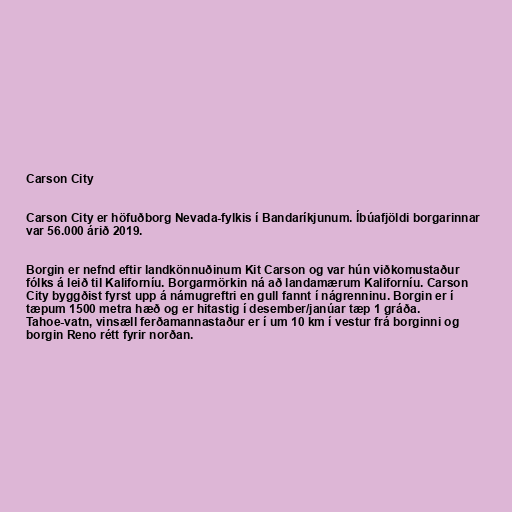
Carson City

Carson City er höfuðborg Nevada-fylkis í Bandaríkjunum. Íbúafjöldi borgarinnar
var 56.000 árið 2019.

Borgin er nefnd eftir landkönnuðinum Kit Carson og var hún viðkomustaður
fólks á leið til Kaliforníu. Borgarmörkin ná að landamærum Kaliforníu. Carson
City byggðist fyrst upp á námugreftri en gull fannt í nágrenninu. Borgin er í
tæpum 1500 metra hæð og er hitastig í desember/janúar tæp 1 gráða.
Tahoe-vatn, vinsæll ferðamannastaður er í um 10 km í vestur frá borginni og
borgin Reno rétt fyrir norðan.